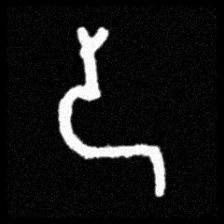
Pyu character \u2014 Myanmar letter: ဒ (romanized: da)